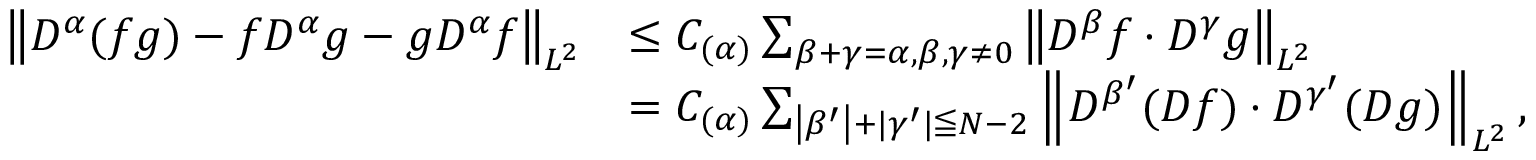
\begin{array} { r l } { \left\| D ^ { \alpha } ( f g ) - f D ^ { \alpha } g - g D ^ { \alpha } f \right\| _ { L ^ { 2 } } } & { \leq C _ { ( \alpha ) } \sum _ { \beta + \gamma = \alpha , \beta , \gamma \neq 0 } \left\| D ^ { \beta } f \cdot D ^ { \gamma } g \right\| _ { L ^ { 2 } } } \\ & { = C _ { ( \alpha ) } \sum _ { \left| \beta ^ { \prime } \right| + | \gamma ^ { \prime } | \leqq N - 2 } \left\| D ^ { \beta ^ { \prime } } ( D f ) \cdot D ^ { \gamma ^ { \prime } } ( D g ) \right\| _ { L ^ { 2 } } , } \end{array}